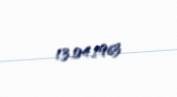
13.04.1963